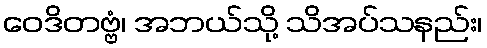
ဝေဒိတဗ္ဗံ၊ အဘယ်သို့ သိအပ်သနည်း၊